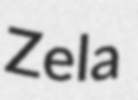
Zela